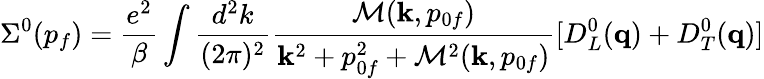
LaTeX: \Sigma^{0}(p_{f})={\frac{e^{2}}{\beta}}\int{\frac{d^{2}k}{(2\pi)^{2}}}{\frac{{\cal M}({\mathbf k},p_{0f})}{{\mathbf k}^{2}+p_{0f}^{2}+{\cal M}^{2}({\mathbf k},p_{0f})}}[D_{L}^{0}({\mathbf q})+D_{T}^{0}({\mathbf q})]